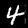
Label: 4